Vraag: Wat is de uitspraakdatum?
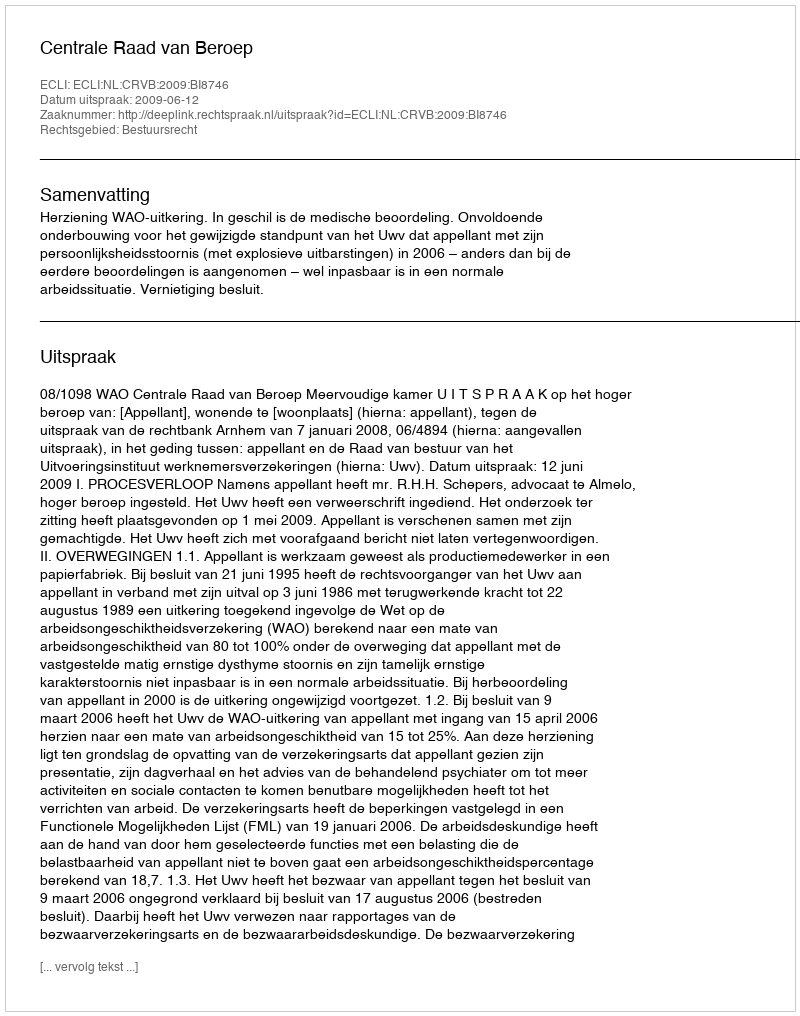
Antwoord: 2009-06-12